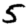
Digit: 5